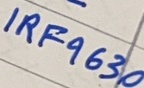
Text: IRF9630